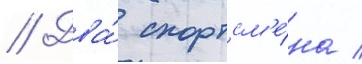
// Два́ спортсм'е́на /